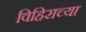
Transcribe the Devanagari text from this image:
विहिराच्या